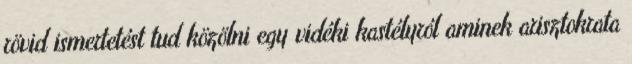
rövid ismertetést tud közölni egy vidéki kastélyról aminek arisztokrata